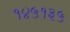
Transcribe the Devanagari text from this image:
१४५१३५